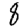
Digit: 8